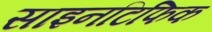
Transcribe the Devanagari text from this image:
साइनटिफिक